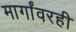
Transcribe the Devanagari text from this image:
मार्गांवरही